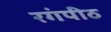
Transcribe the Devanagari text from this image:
रगंपीठ